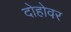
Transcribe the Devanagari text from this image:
दोहोवर